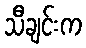
သီချင်းက